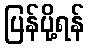
ပြန်ပို့ရန်